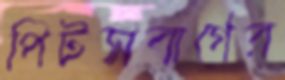
পিটসবার্গের